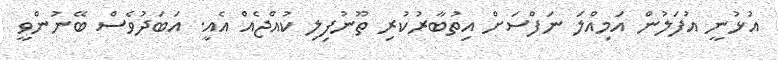
އުޅުނީ އުފަލުން އަމިއްލަ ނަފްސަށް އިތުބާރުކުރި ތޫނުފިލި ކުއްޖެއް އެއީ. އަބަދުވެސް ބޭނުންވީ